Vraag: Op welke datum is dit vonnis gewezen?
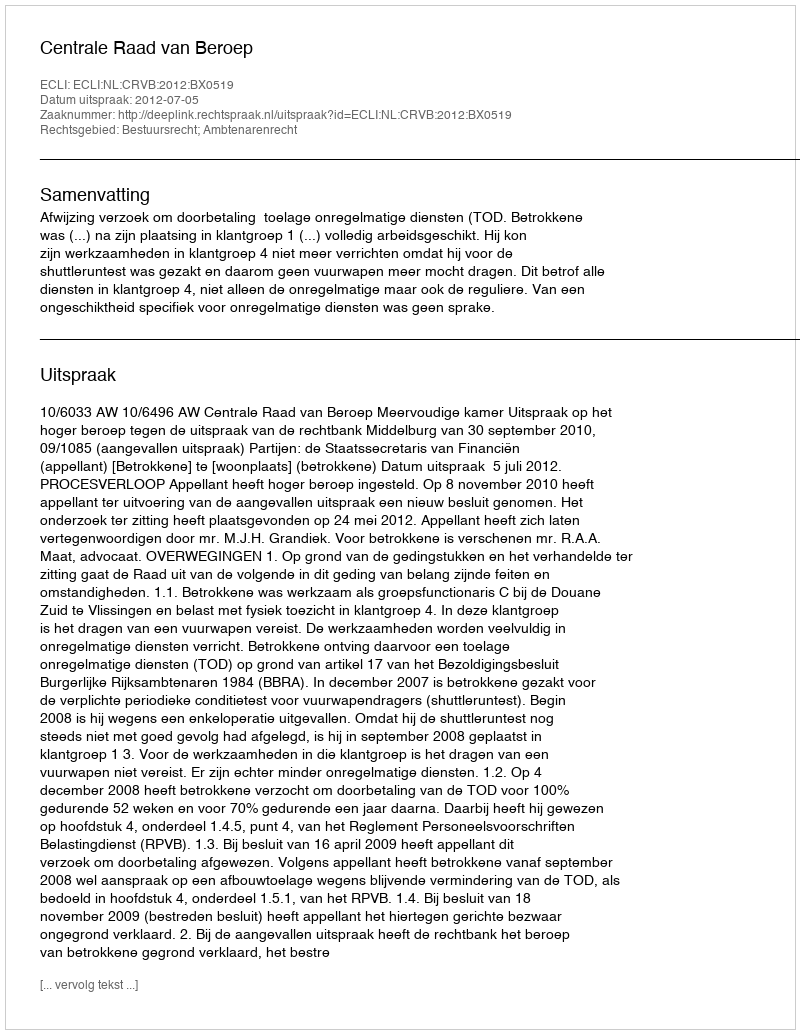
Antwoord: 2012-07-05